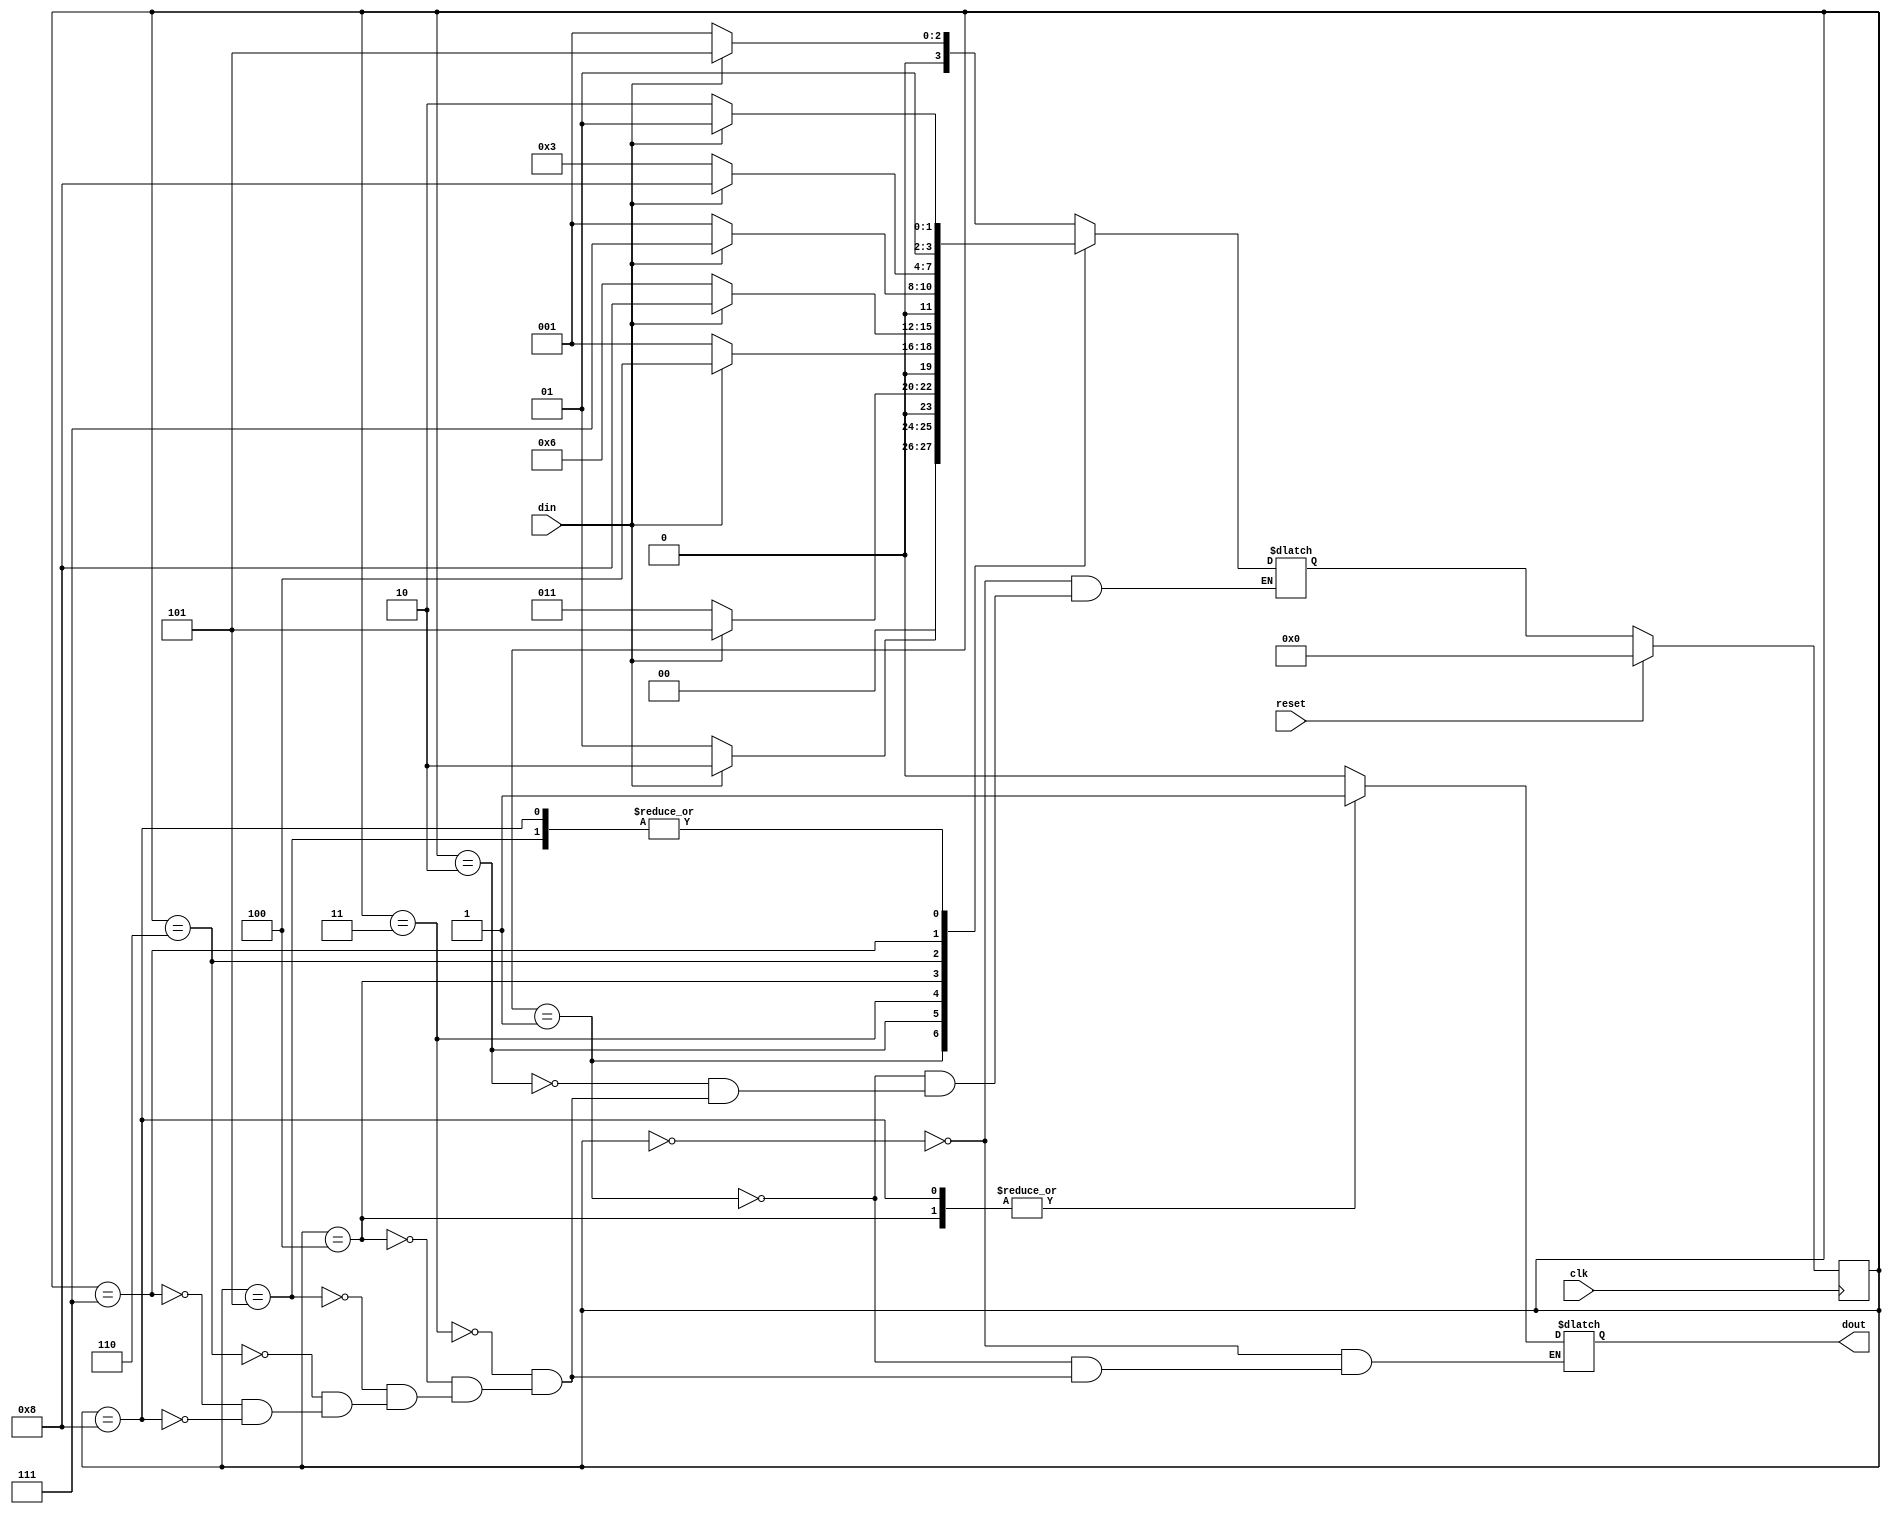
module sequence(clk , reset, din, dout);

input clk, reset, din;
output  reg dout;

parameter IDLE = 4'b0000,
          S0 = 4'b0001,
          S1 = 4'b0010,
          S2 = 4'b0011,
          S3 = 4'b0100,
          S4 = 4'b0101,
          S5 = 4'b0110,
          S6 = 4'b0111,
          S7 = 4'b1000;
     
reg [3:0]next_state, state;

always@(posedge clk) begin

if(reset)
state<= IDLE;
else
state<= next_state;
end

always@(*) begin

case(state)

IDLE: begin
      dout = 0;
      if(din==0)
      next_state = S0;
      else
      next_state = S4;
      end
      
S0:   begin
      dout = 0;
      if(din==1)
      next_state = S1;
      else
      next_state = S0;
      end
      
S1:   begin
      if(din==0)
      next_state = S2;
      else
      next_state = S4;
      end
      
S2:   begin
      dout = 0;
      if(din==1)
      next_state = S3;
      else
      next_state = S0;
      end
      
S3:   begin
      dout = 1;
      if(din==1)
      next_state = S7;
      else
      next_state = S5;
      end
      
S4:   begin
      dout = 0;
      if(din==0)
      next_state = S5;
      else
      next_state = S4;
      end
      
S5:   begin
      dout = 0;
      if(din==1)
      next_state = S6;
      else
      next_state = S0;
      end
      
S6:   begin
      dout = 0;
      if(din==1)
      next_state = S7;
      else
      next_state = S2;
      end
      
S7:   begin
      dout = 1;
      if(din==1)
      next_state = S4;
      else
      next_state = S5;
      end
      
    endcase
  end
  
  endmodule